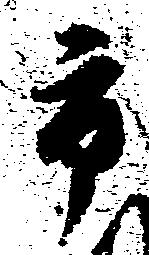
市